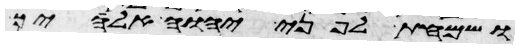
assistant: ושמחת לפני יהוה אלהיך